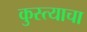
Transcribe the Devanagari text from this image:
कुस्त्याचा